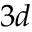
3 d